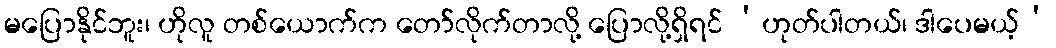
မပြောနိုင်ဘူး၊ ဟိုလူ တစ်ယောက်က တော်လိုက်တာလို့ ပြောလို့ရှိရင် ‘ဟုတ်ပါတယ်၊ ဒါပေမယ့်’